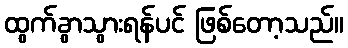
ထွက်ခွာသွားရန်ပင် ဖြစ်တော့သည်။